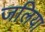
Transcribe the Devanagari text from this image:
जलिया